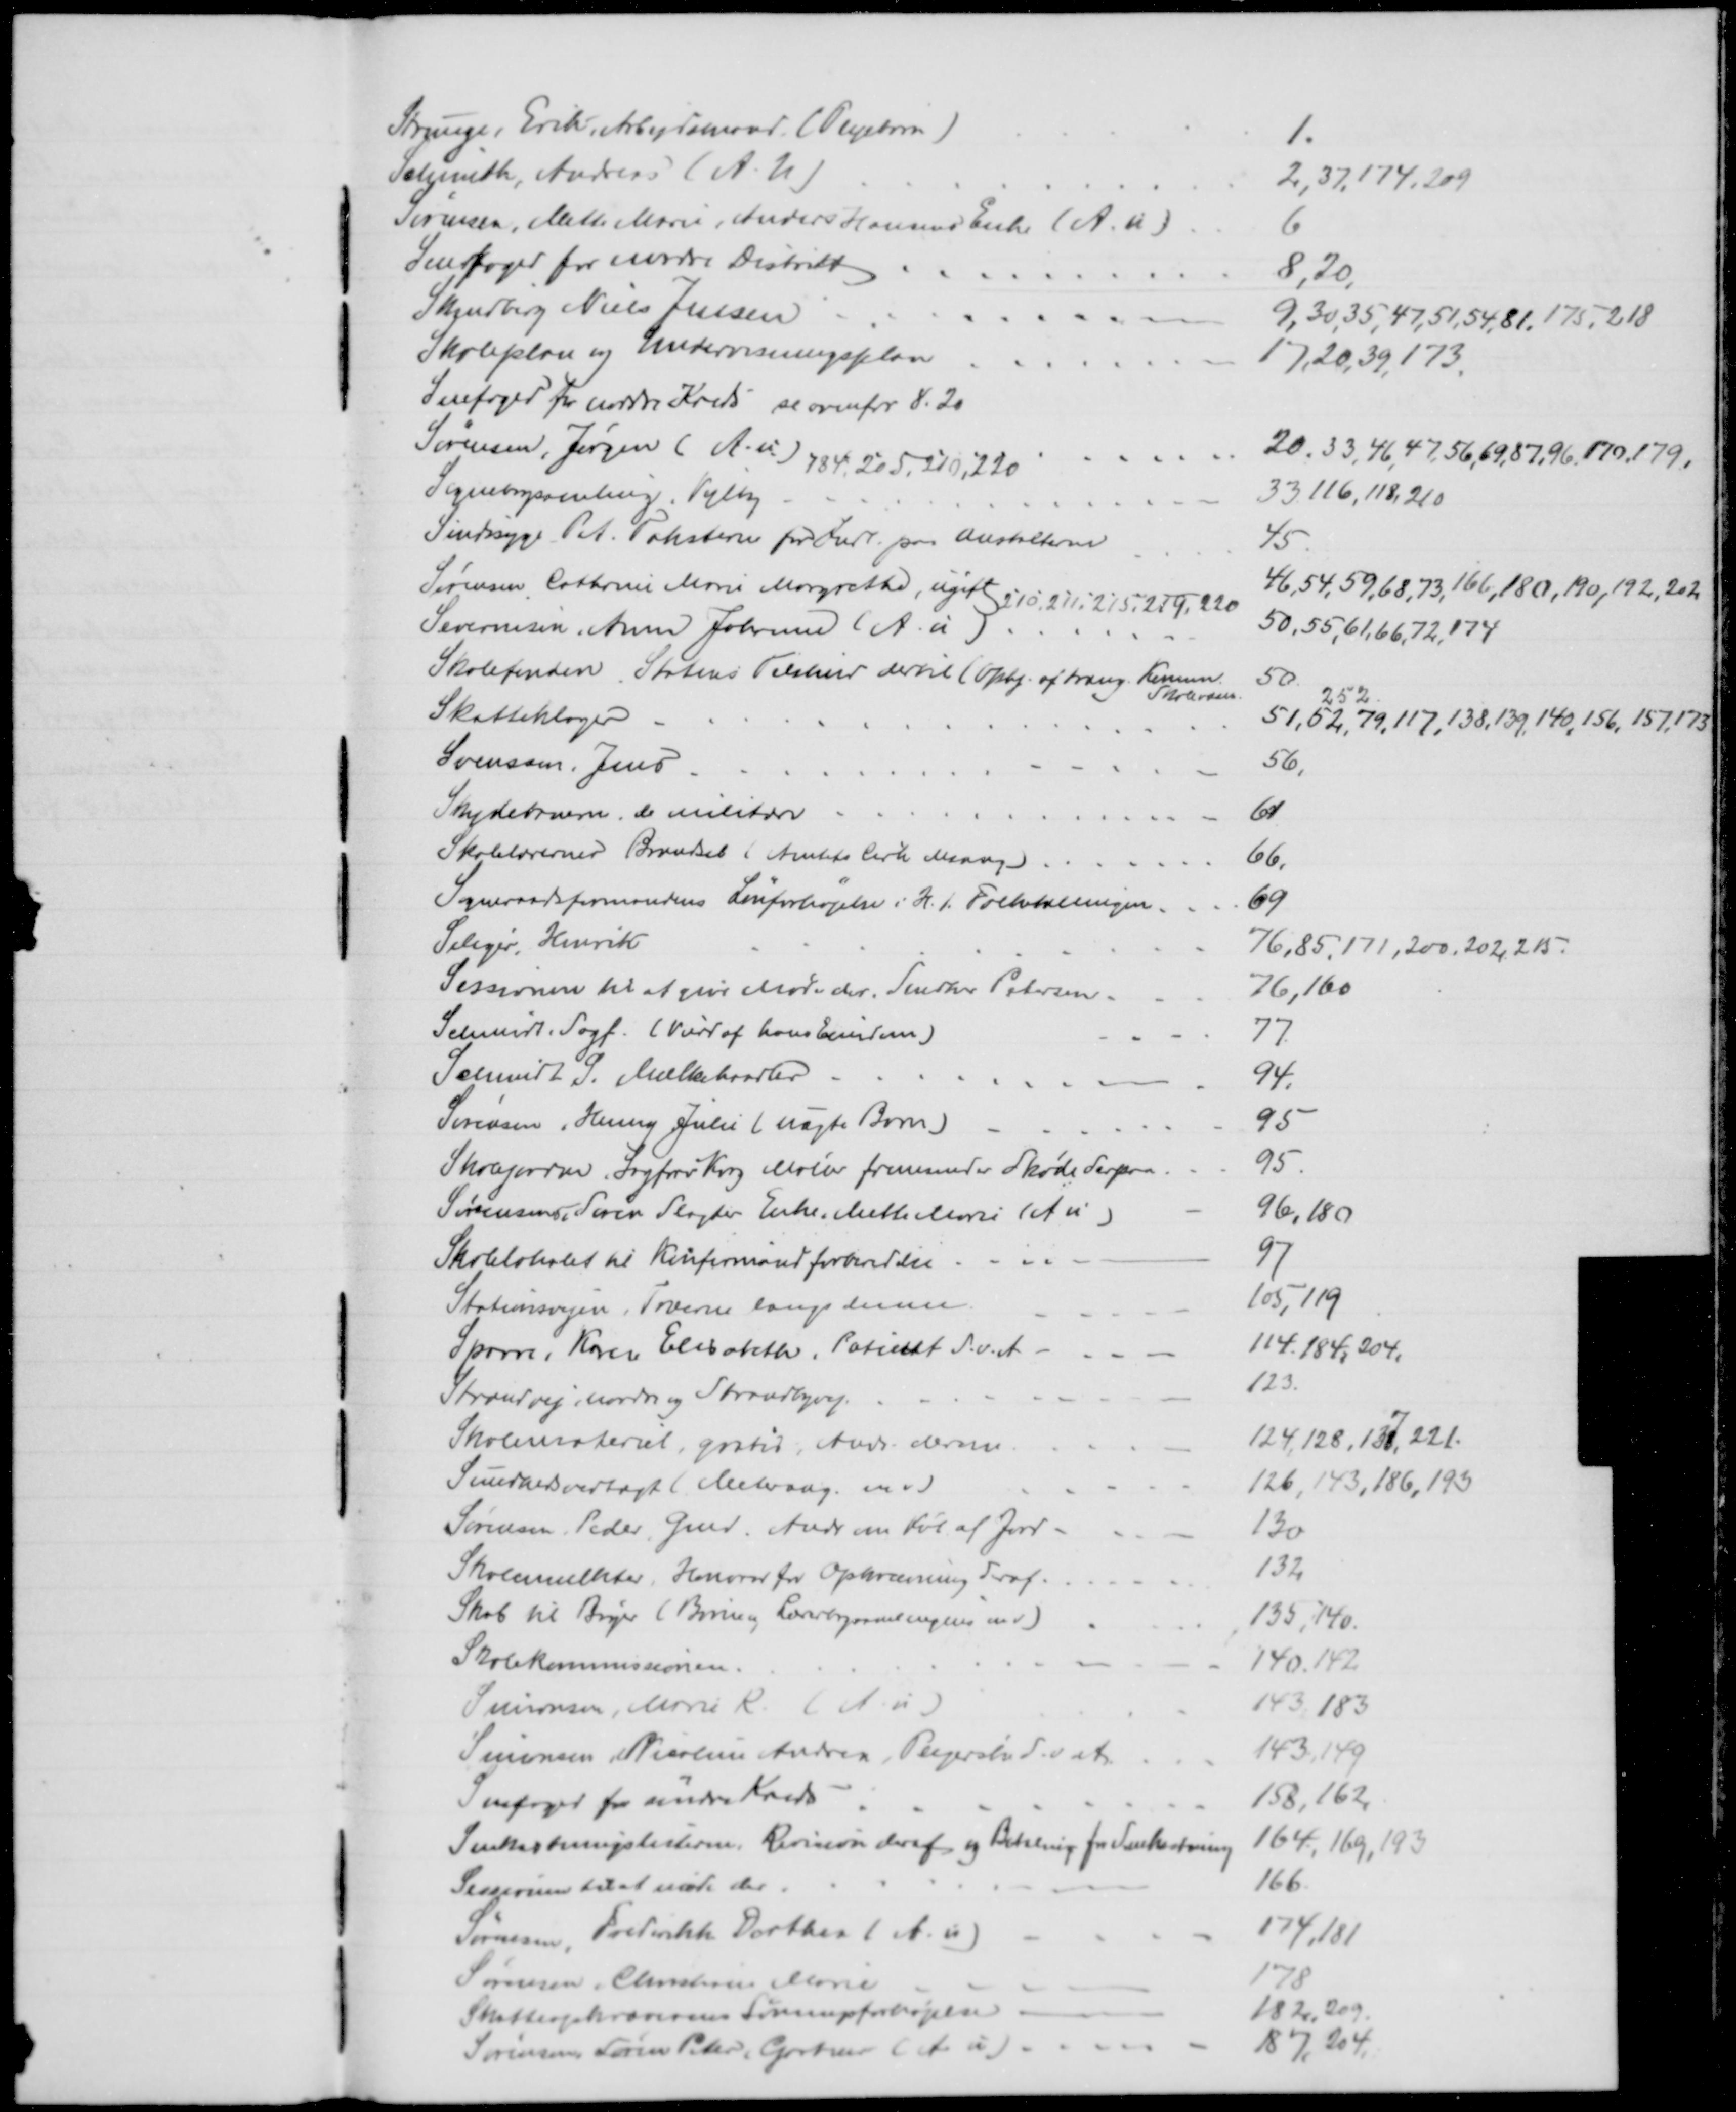
Transskription:
Strunge, Erik, Arbejdsmand. (Pejebarn)
1.
Schmith, Andreas (A. U)
2,37,174,209
Sørensen, Mette Marie, Anders Hansens Enke (A. u.)
6
Snefoged for nordre Distrikt
8,20,
Skindberg, Niels Jensen
9,30, 35, 47, 51, 54, 81, 175, 218
Skoleplan og Undervisningsplan
17,20, 39, 173.
Snefoged for nordre Kreds se ovenfor 8.20
Sørensen, Jørgen (A. u) 
20,33,46, 47,56, 69, 87,96,170,179,
184, 205, 210, 220
Sognebogsamling, Vejlby.
33,116,118,210
Sindssyge Pat. Taksterne for Indl. paa Anstalterne
45
Sørensen, Cathrine Marie Margrethe, ugift  
46, 54, 59, 68, 73, 166, 180, 190, 192, 202
210, 211, 215, 219, 220
Severinsen, Anna Johanne (A. u)
50,55,61,66,72,174
Skolefonden, Statens Tilskud dertil (Ophj. af træng. Komm
Skolevæsen
50.
Skatteklager
51,52, 79, 117, 138, 139, 140, 156, 157, 173
252
Svensson. Jens
56,
Skydebanerne, de militære
61
Skolelærernes Brændsel (Amtets Cirk desang)
66.
Sogneraadsformandens Lønforhøjelse i H.t. Folketællingen.
69
Seliger, Henrik
76,85,171, 200, 202,215.
Sessionen til at give Møde der. Snedker Petersen.
76,160
Schmidt. Sagf. (Vurd af hans Ejendom)
77.
Schmidt, S. Mælkehandler
94.
Sørensen Henny Julie (uægte Barn)
95
Skolejorden, Sagfører Krag Møller fremsender Skøde derpaa.
95
Sørensens, Søren Slagter Enke Mette Marie (A u)
96,180
Skolelokalet til Konfirmandforberedelse
97
Stationsvejen, Træerne langs denne.
105, 119
Sparre, Karen Elisabeth, Patient S. v. A.
114.184, 204.
Strandvej, nordre og Strandbyvej.
123.
Skolemateriel, gratis, Andr. derom
124,128,137,221.
Sundhedsvedtægt (Meterang. m.v.)
126,143,186,193
Sørensen, Peder, Gmd. Andr om Køb af Jord
130
Skolemulkter, Honorar for Opkrævning deraf
132
Skab til Bøger ( Børne og Lærerbogsamlingens m.v.)
135,140.
Skolekommissionen
140,142
Simonsen, Marie K (A. u)
143, 183
Simonsen, Nicoline Andrea, Plejerske S.v. A.
143,149
Snefoged for søndre Kreds
158,162
Snekastningslisterne. Revision deraf og Betaling for Snekastning
164,169, 193
Sessionen til at møde der.
166
Sørensen, Frederikke Dorthea (A. u.)
174,181
Sørensen, Christiane Marie
178
Skatteopkræverens Lønningsforhøjelse.
182,209
Sørensen Søren Peter Gartner (A u)
187, 204,